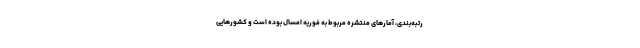
رتبه‌بندی، آمارهای منتشره مربوط به فوریه امسال بوده است و کشورهایی